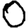
Digit: 0